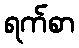
ရက်စာ